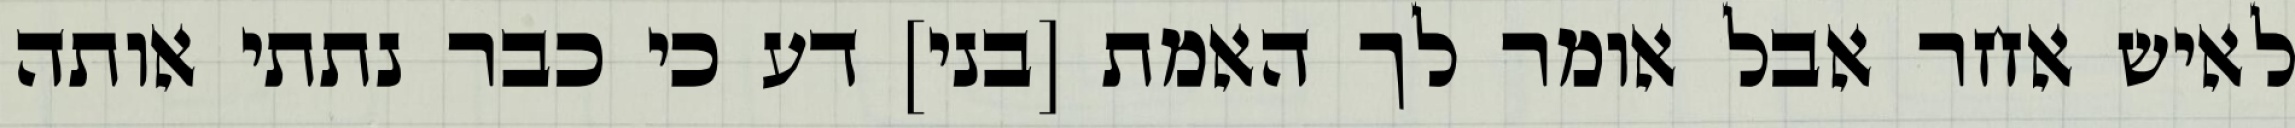
לאיש אחר אבל אומר לך האמת [בני] דע כי כבר נתתי אותה